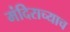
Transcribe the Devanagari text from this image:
मंदिराच्याच